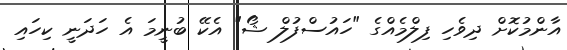
އާންމުކޮށް ދިވެހި ފިލްމެއްގެ "ހައުސްފުލް ޝޯ" އެކޭ ބުނީމަ އެ ހަދަނީ ކިހައި